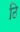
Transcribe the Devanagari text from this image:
ठि